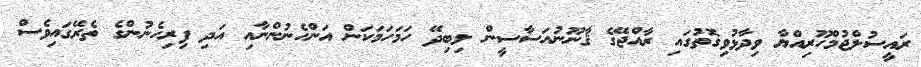
ރައީސުލްޖުމްހޫރިއްޔާ ވިދާޅުވިގޮތުގައި ރާއްޖޭގެ ޤާނޫނުއަސާސީން ލިބިދޭ ހަމަހަމަކަން އަންހެނުންނާއި އަދި ފިރިހެނުންގެ ތެރޭގައިވެސް